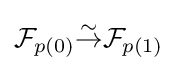
{\mathcal {F}}_{p(0)}{\overset {\sim }{\to }}{\mathcal {F}}_{p(1)}